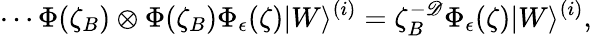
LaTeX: \cdots\Phi(\zeta_{B})\otimes\Phi(\zeta_{B})\Phi_{\epsilon}(\zeta)|W\rangle^{(i)}=\zeta_{B}^{-\mathscr{D}}\Phi_{\epsilon}(\zeta)|W\rangle^{(i)},